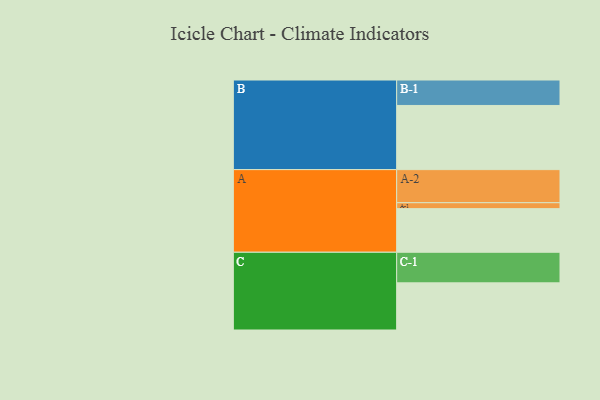
{"axis": {"x": "Segment", "y": "Value"}, "legend": ["", "A", "B", "C"], "data": [{"x": "A", "y": 382, "type": ""}, {"x": "B", "y": 562, "type": ""}, {"x": "C", "y": 413, "type": ""}, {"x": "A-1", "y": 52, "type": "A"}, {"x": "A-2", "y": 290, "type": "A"}, {"x": "B-1", "y": 223, "type": "B"}, {"x": "C-1", "y": 268, "type": "C"}]}